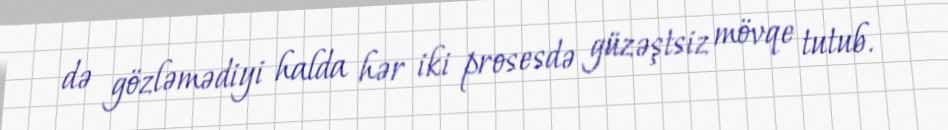
də gözləmədiyi halda hər iki prosesdə güzəştsiz mövqe tutub.